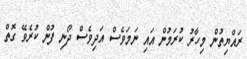
ރައްޔިތުން މިހާރު ކުރަމުން އައި ނަމަވެސް އަދިވެސް ދޯނި ފުން ކުރެވޭ ގޮތް